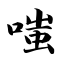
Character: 嗤